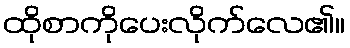
ထိုစာကိုပေးလိုက်လေ၏။